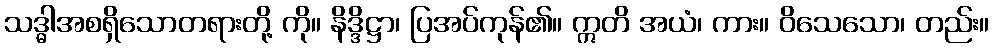
သဒ္ဓါအစရှိသောတရားတို့ ကို။ နိဒ္ဒိဋ္ဌာ၊ ပြအပ်ကုန်၏။ ဣတိ အယံ၊ ကား။ ဝိသေသော၊ တည်း။